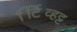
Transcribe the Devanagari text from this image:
टिर्व्हिट्ट